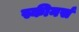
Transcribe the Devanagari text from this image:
स्कीनर्स